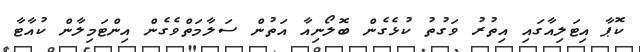
ކޮޕާ އިޓަލިއާގައި އިތުރު ވަގުތު ކުޅެގެން ބޮލޯނިއާ އަތުން ސަލާމަތްވެގެން އިންޓަމިލާން ކުއާޓާ